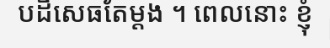
បដិសេធតែម្តង ។ ពេលនោះ ខ្ញុំ